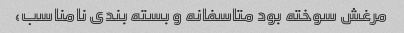
مرغش سوخته بود متاسفانه و بسته بندی نامناسب،